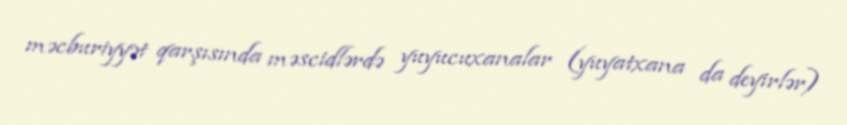
məcburiyyət qarşısında məscidlərdə yuyucuxanalar (yuyatxana da deyirlər)